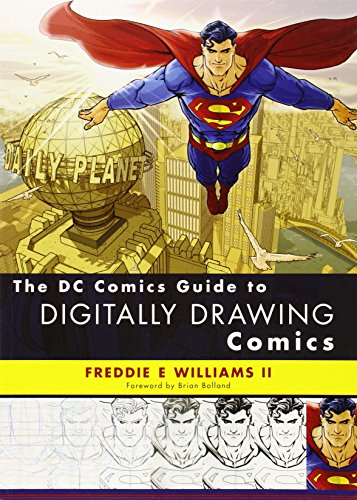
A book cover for The DC Comics Guide to Digitally Drawing Comics; Freddie E Williams II; Humor & Entertainment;